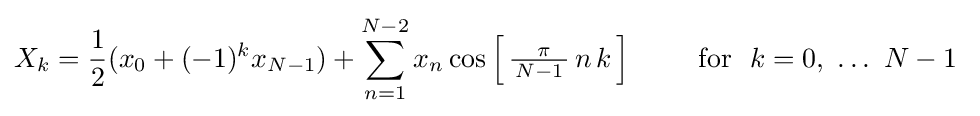
X_{k}={\frac {1}{2}}(x_{0}+(-1)^{k}x_{N-1})+\sum _{n=1}^{N-2}x_{n}\cos \left[\,{\tfrac {\ \pi }{\,N-1\,}}\,n\,k\,\right]\qquad {\text{ for }}~k=0,\ \ldots \ N-1~